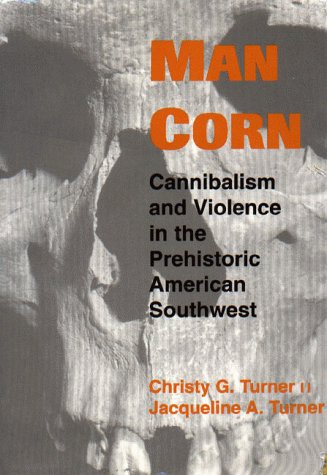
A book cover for Man Corn: Cannibalism and Violence in the Prehistoric American Southwest; Christy G. Turner II; History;